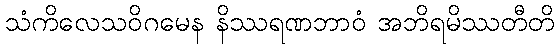
သံကိလေသဝိဂမေန နိဿရဏဘာဝံ အဘိရမိဿတီတိ